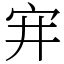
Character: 宑